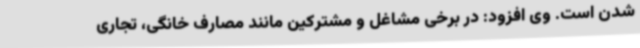
شدن است. وی افزود: در برخی مشاغل و مشترکین مانند مصارف خانگی، تجاری